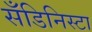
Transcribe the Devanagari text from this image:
सँडिनिस्टा